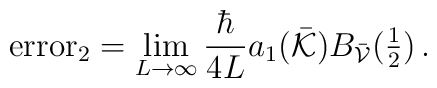
{\rm error}_2= \lim_{L\rightarrow\infty}\frac{\hbar}{4L}{a_1(\bar{\cal K})} B_{\bar{\cal V}}(\textstyle\frac{1}{2})\,.